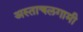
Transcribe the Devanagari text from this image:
अस्ताचलगामी